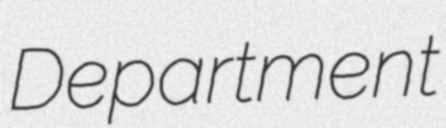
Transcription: Department